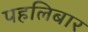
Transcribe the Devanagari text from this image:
पहलिबार